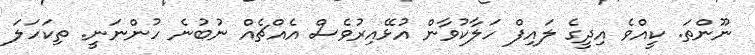
ނޫންތަ. ކީއްވެ އިދީގެ ލައިފް ހަލާކުވާން އުޅޭއިރުވެސް އެއްޗެއް ނުބުނެ ހުންނަނީ. ތިކަހަލަ